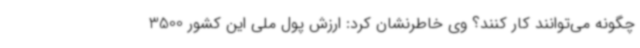
چگونه می‌توانند کار کنند؟ وی خاطرنشان کرد: ارزش پول ملی این کشور 3500